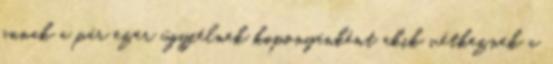
annak a pár ezer ügyfélnek koponyánként akik vétkeznek a